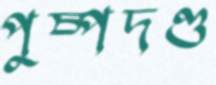
পুষ্পদণ্ড